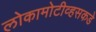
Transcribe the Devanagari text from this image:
लोकामोटीव्हसकडे